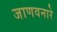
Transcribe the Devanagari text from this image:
जाणवनारे